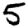
Digit: 5